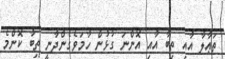
ތަޢާލާ އާއި ތިބާ އާއި އޮންނަ ގުޅުން ހާމަވެގެންދާނީ ތިބާ ކޮންމެ